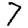
Digit: 7